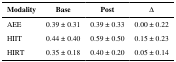
<table><thead><tr><td><b>Modality</b></td><td><b>Base</b></td><td><b>Post</b></td><td><b>Δ</b></td></tr></thead><tbody><tr><td>AEE</td><td>0.39 ± 0.31</td><td>0.39 ± 0.33</td><td>0.00 ± 0.22</td></tr><tr><td>HIIT</td><td>0.44 ± 0.40</td><td>0.59 ± 0.50</td><td>0.15 ± 0.23</td></tr><tr><td>HIRT</td><td>0.35 ± 0.18</td><td>0.40 ± 0.20</td><td>0.05 ± 0.14</td></tr></tbody></table>